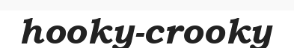
hooky-crooky